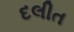
દલીત